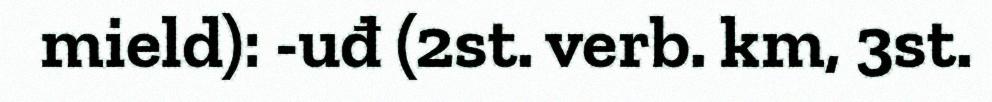
mield): -uđ (2st. verb. km, 3st.